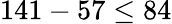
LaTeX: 141-57\leq 84